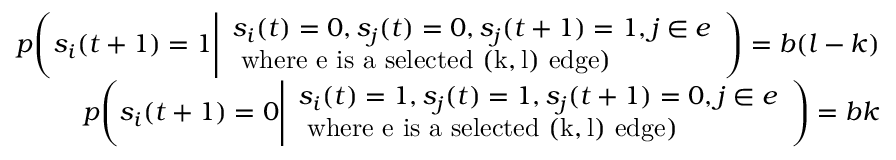
\begin{array} { r } { p \Bigg ( s _ { i } ( t + 1 ) = 1 \Bigg | \begin{array} { l } { s _ { i } ( t ) = 0 , s _ { j } ( t ) = 0 , s _ { j } ( t + 1 ) = 1 , j \in e } \\ { \mathrm { ~ w h e r e ~ e ~ i s ~ a ~ s e l e c t e d ~ ( k , l ) ~ e d g e } ) } \end{array} \Bigg ) = b ( l - k ) } \\ { p \Bigg ( s _ { i } ( t + 1 ) = 0 \Bigg | \begin{array} { l } { s _ { i } ( t ) = 1 , s _ { j } ( t ) = 1 , s _ { j } ( t + 1 ) = 0 , j \in e } \\ { \mathrm { ~ w h e r e ~ e ~ i s ~ a ~ s e l e c t e d ~ ( k , l ) ~ e d g e } ) } \end{array} \Bigg ) = b k } \end{array}